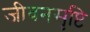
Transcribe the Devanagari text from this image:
जीवनसृष्टि